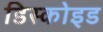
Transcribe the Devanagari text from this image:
डिस्कोइड